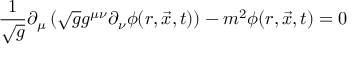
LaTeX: \frac { 1 } { \sqrt { g } } \partial _ { \mu } \left( \sqrt { g } g ^ { \mu \nu } \partial _ { \nu } \phi ( r , \vec { x } , t ) \right) - m ^ { 2 } \phi ( r , \vec { x } , t ) = 0